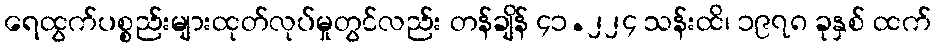
ရေထွက်ပစ္စည်းများထုတ်လုပ်မှုတွင်လည်း တန်ချိန် ၄၁.၂၂၄ သန်းထိ၊ ၁၉၇၈ ခုနှစ် ထက်